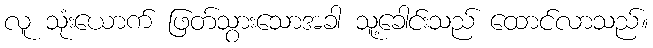
လူ သုံးယောက် ဖြတ်သွားသောအခါ သူ့ခေါင်းသည် ထောင်လာသည်။